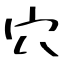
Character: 穴